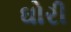
ઘોરી